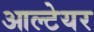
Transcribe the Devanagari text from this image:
आल्टेयर